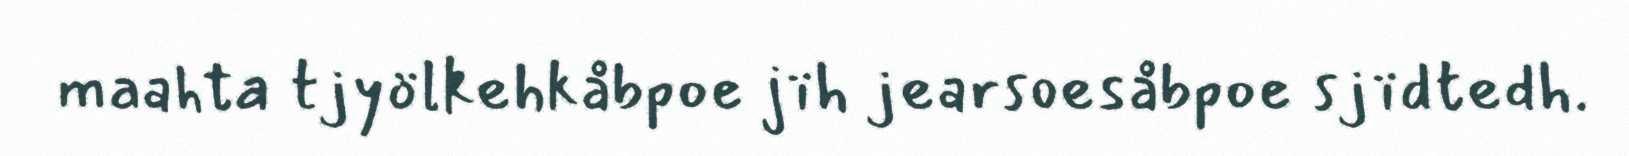
maahta tjyölkehkåbpoe jïh jearsoesåbpoe sjïdtedh.